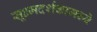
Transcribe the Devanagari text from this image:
सूक्ष्मदर्शकामध्ये